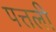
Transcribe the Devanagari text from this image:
पत्तली